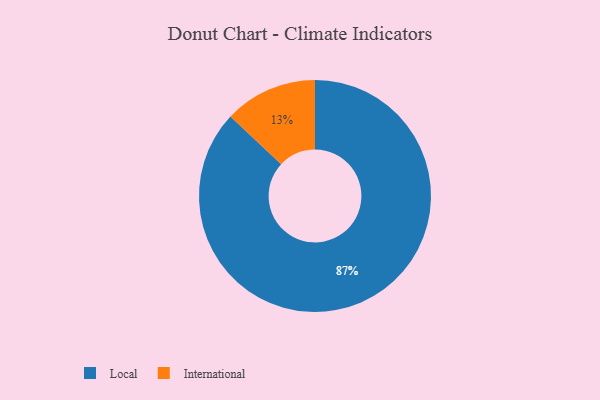
{"axis": {"x": "Category", "y": "Percentage"}, "legend": ["International", "Local"], "data": [{"x": "International", "y": 13, "type": "International"}, {"x": "Local", "y": 87, "type": "Local"}]}